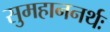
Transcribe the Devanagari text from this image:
सुमहाननर्थः